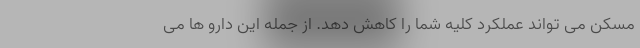
مسکن می تواند عملکرد کلیه شما را کاهش دهد. از جمله این دارو ها می